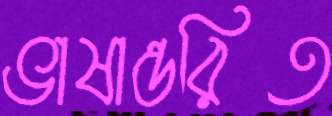
ভাষান্তরিত